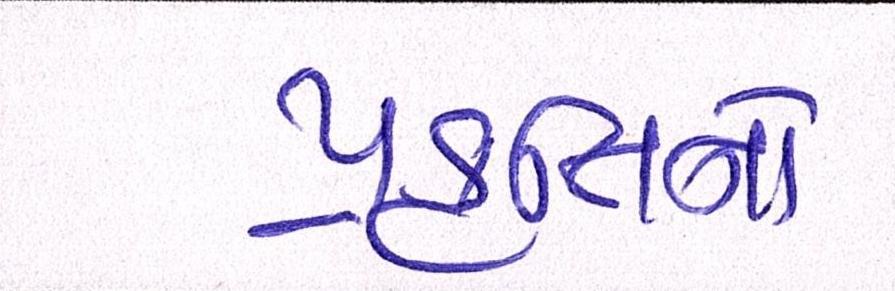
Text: પ્રકૃતિને